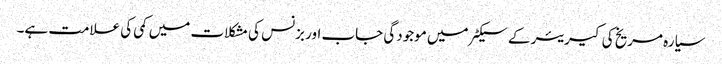
سیارہ مریخ کی کیریئر کے سیکٹر میں موجودگی جاب اور بزنس کی مشکلات میں کمی کی علامت ہے۔